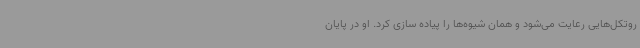
روتکل‌هایی رعایت می‌شود و همان شیوه‌ها را پیاده سازی کرد. او در پایان